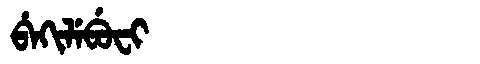
Manchu: ᠪᡝᡴᡳᠯᡝᠪᡠᠸᡳ
Romanization: BEKILEBUFI